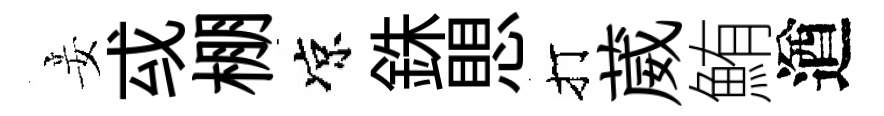
妾㦯棚凉銖愳打葳鮪遒